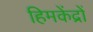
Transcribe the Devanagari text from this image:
हिमकेंद्रों